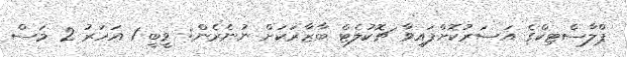
ޕްލާސްޓިކްގެ އަސަރުކޮށްފައިވާ ޗޮކުލެޓް ބާޒާރަކަށް ނުނެރެން: ވީބީ 1 އަހަރު 2 މަސް